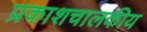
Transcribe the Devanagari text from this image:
प्रकाशचालकीय